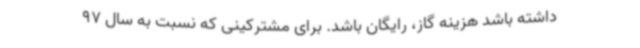
داشته باشد هزینه گاز، رایگان باشد. برای مشترکینی که نسبت به سال 97